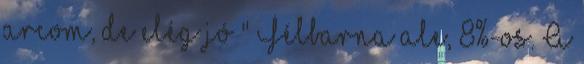
arcom, de elég jó " Félbarna ale, 8%-os. A